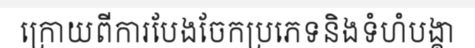
ក្រោយពីការបែងចែកប្រភេទនិងទំហំបង្គា